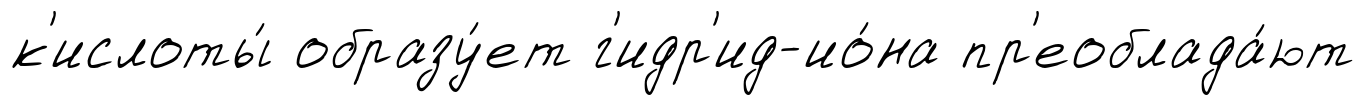
к'ислоты́ образу́ет г'идр'ид-ио́на пр'еоблада́ют